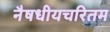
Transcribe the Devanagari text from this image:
नैषधीयचरितम